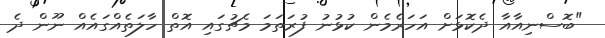
"ބޮސްނިއާއާ ދެކޮޅަށް އަހަރެމެން ކުޅުނު ފުރަތަމަ މެޗުގައި އޮތް ހާލަތެއްގައެއް ނޫން ދެ